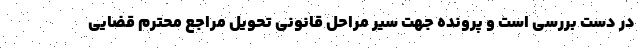
در دست بررسی است و پرونده جهت سیر مراحل قانونی تحویل مراجع محترم قضایی